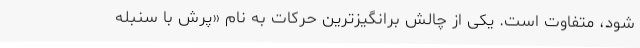
شود، متفاوت است. یکی از چالش برانگیزترین حرکات به نام «پرش با سنبله